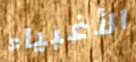
الأغبياء